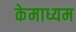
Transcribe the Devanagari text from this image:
केमाध्यम